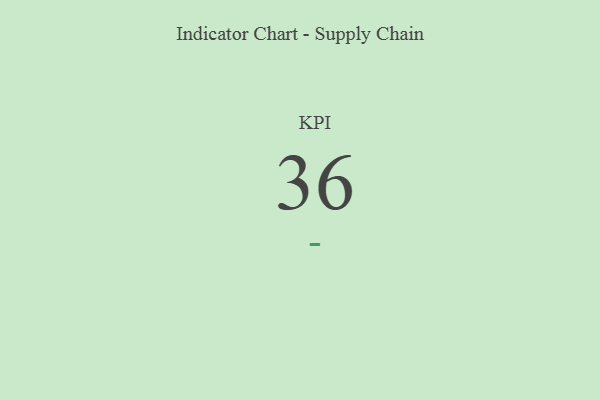
{"axis": {"x": "KPI", "y": "Value"}, "legend": [""], "data": [{"x": "KPI", "y": 36, "type": ""}]}